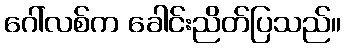
ဂေါ်လစ်က ခေါင်းညိတ်ပြသည်။